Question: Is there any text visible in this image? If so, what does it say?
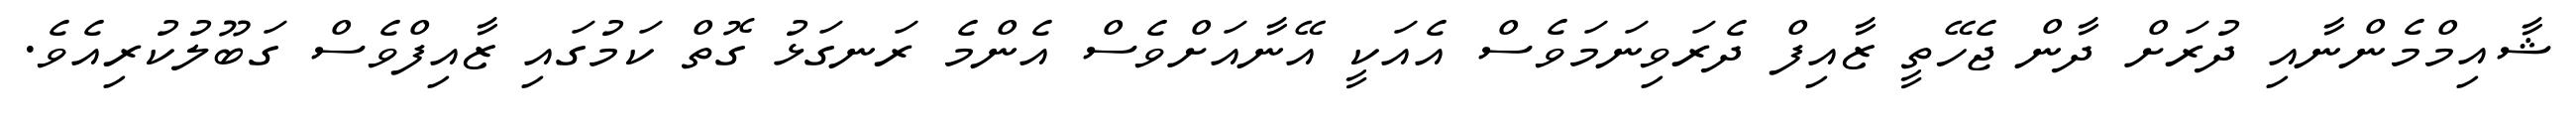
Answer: ޝާއިމްމެންނާއި ދުރަށް ދާން ޖެހޭތީ ޒާއިފް ދެރަވިނަމަވެސް އެއަކީ އޭނާއަށްވެސް އެންމެ ރަނގަޅު ގޮތް ކަމުގައި ޒާއިފްވެސް ގަބޫލުކުރިއެވެ.